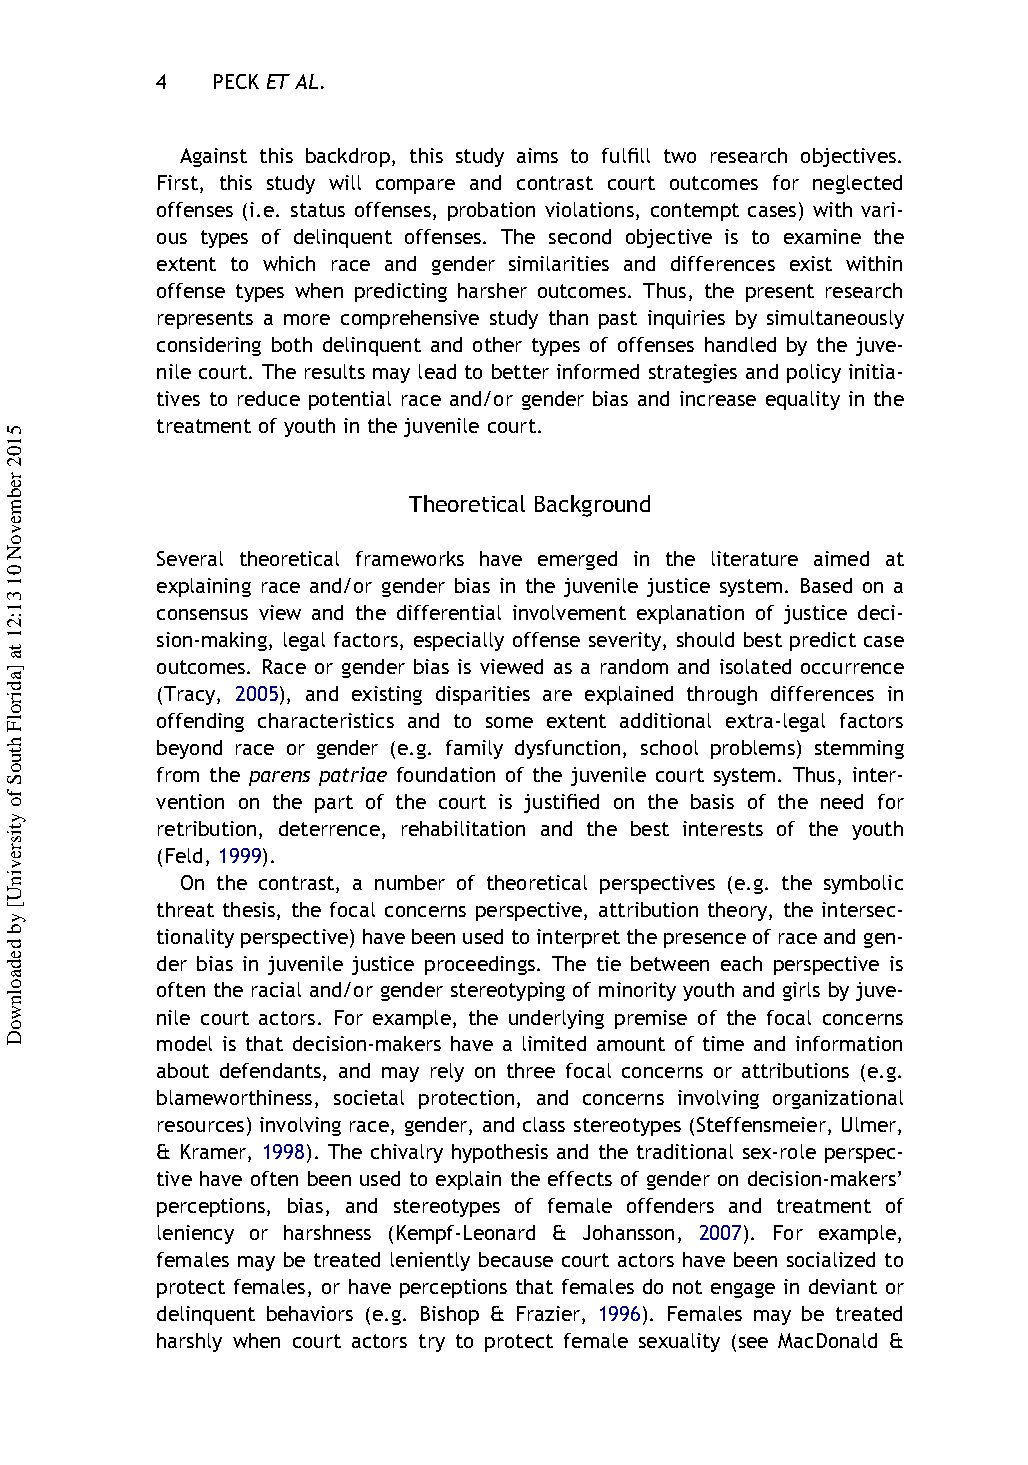
4   PECK ET AL.
 Against this backdrop, this study aims to fulfill two research objectives.
 First, this study will compare and contrast court outcomes for neglected
 offenses (i.e. status offenses, probation violations, contempt cases) with vari-
 ous types of delinquent offenses. The second objective is to examine the
 extent to which race and gender similarities and differences exist within
 offense types when predicting harsher outcomes. Thus, the present research
 represents a more comprehensive study than past inquiries by simultaneously
 considering both delinquent and other types of offenses handled by the juve-
 nile court. The results may lead to better informed strategies and policy initia-
 tives to reduce potential race and/or gender bias and increase equality in the
 treatment of youth in the juvenile court.
 Theoretical Background
 Several theoretical frameworks have emerged in the literature aimed at
 explaining race and/or gender bias in the juvenile justice system. Based on a
 consensus view and the differential involvement explanation of justice deci-
 sion-making, legal factors, especially offense severity, should best predict case
 outcomes. Race or gender bias is viewed as a random and isolated occurrence
 (Tracy, 2005), and existing disparities are explained through differences in
 offending characteristics and to some extent additional extra-legal factors
 beyond race or gender (e.g. family dysfunction, school problems) stemming
 from the parens patriae foundation of the juvenile court system. Thus, inter-
 vention on the part of the court is justified on the basis of the need for
 retribution, deterrence, rehabilitation and the best interests of the youth
 (Feld, 1999).
 On the contrast, a number of theoretical perspectives (e.g. the symbolic
 threat thesis, the focal concerns perspective, attribution theory, the intersec-
 tionalityperspective)havebeenusedtointerpretthepresenceofraceandgen-
 der bias in juvenile justice proceedings. The tie between each perspective is
 often the racial and/or gender stereotyping of minority youth and girls by juve-
 nile court actors. For example, the underlying premise of the focal concerns
 model is that decision-makers have a limited amount of time and information
 about defendants, and may rely on three focal concerns or attributions (e.g.
 blameworthiness, societal protection, and concerns involving organizational
 resources) involving race, gender, and class stereotypes (Steffensmeier, Ulmer,
 & Kramer, 1998). The chivalry hypothesis and the traditional sex-role perspec-
 tive have often been used to explain the effects of gender on decision-makers’
 perceptions, bias, and stereotypes of female offenders and treatment of
 leniency or harshness (Kempf-Leonard & Johansson, 2007). For example,
 females may be treated leniently because court actors have been socialized to
 protect females, or have perceptions that females do not engage in deviant or
 delinquent behaviors (e.g. Bishop & Frazier, 1996). Females may be treated
 harshly when court actors try to protect female sexuality (see MacDonald &
 5102
 rebmevoN
 01
 31:21
 ta
 ]adirolF
 htuoS
 fo
 ytisrevinU[
 yb
 dedaolnwoD